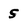
Character: S